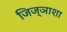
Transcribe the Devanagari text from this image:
जिज्ञाशा